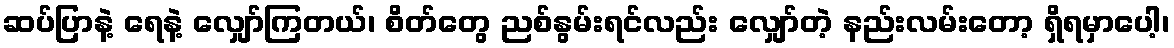
ဆပ်ပြာနဲ့ ရေနဲ့ လျှော်ကြတယ်၊ စိတ်တွေ ညစ်နွမ်းရင်လည်း လျှော်တဲ့ နည်းလမ်းတော့ ရှိရမှာပေါ့၊